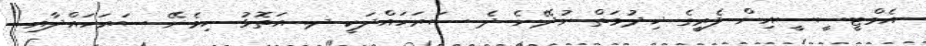
އެމްޓީސީސީއިން ފެރީގެ ޚިދުމަތް ނުދޭނެ ދެ ސަރަހައްދަކީ ދ. އަތޮޅު ހިމެނޭ ސަރަހައްދާއި